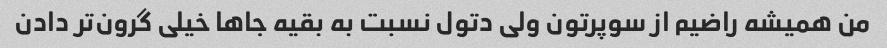
من همیشه راضیم از سوپرتون ولی‌ دتول نسبت به بقیه جاها خیلی گرون‌تر دادن